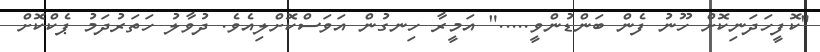
"ކޮފީހަދަނިކޮށް ހޫނު ފެން ބަންޑުންވީ....." އަމީރާ ހިނގުން އަވަސްކޮށްލިއެވެ. ދުވާލު ހަތަރުދަމު ޕެކްކޮށް